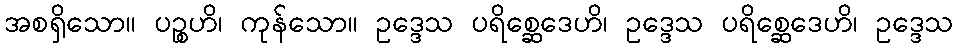
အစရှိသော။ ပဉ္စဟိ၊ ကုန်သော။ ဥဒ္ဒေသ ပရိစ္ဆေဒေဟိ၊ ဥဒ္ဒေသ ပရိစ္ဆေဒေဟိ၊ ဥဒ္ဒေသ